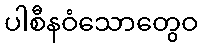
ပါစီနဝံသောတွေဝ